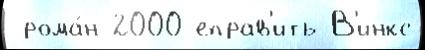
 рома́н 2000-еправ'ить В'инкс